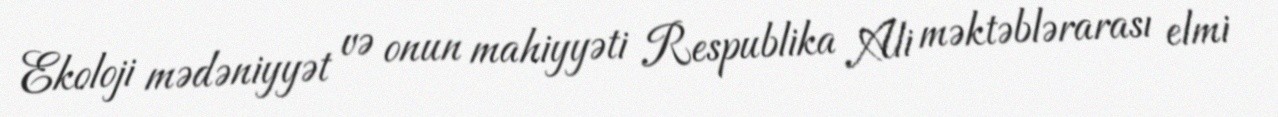
Ekoloji mədəniyyət və onun mahiyyəti Respublika Ali məktəblərarası elmi